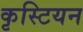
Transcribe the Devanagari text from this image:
कृस्टियन